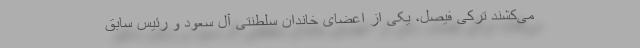
می‌کشند ترکی فیصل، یکی از اعضای خاندان سلطنتی آل سعود و رئیس سابق